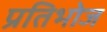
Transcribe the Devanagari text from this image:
प्रतिभोज